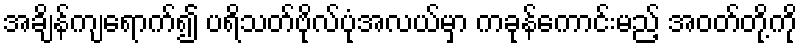
အချိန်ကျရောက်၍ ပရိသတ်ဗိုလ်ပုံအလယ်မှာ ကခုန်ကောင်းမည့် အဝတ်တို့ကို